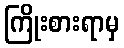
ကြိုးစားရာမှ